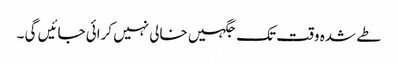
طے شدہ وقت تک جگہیں خالی نہیں کرائی جائیں گی ۔